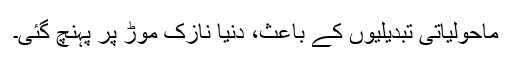
ماحولیاتی تبدیلیوں کے باعث، دنیا نازک موڑ پر پہنچ گئی۔